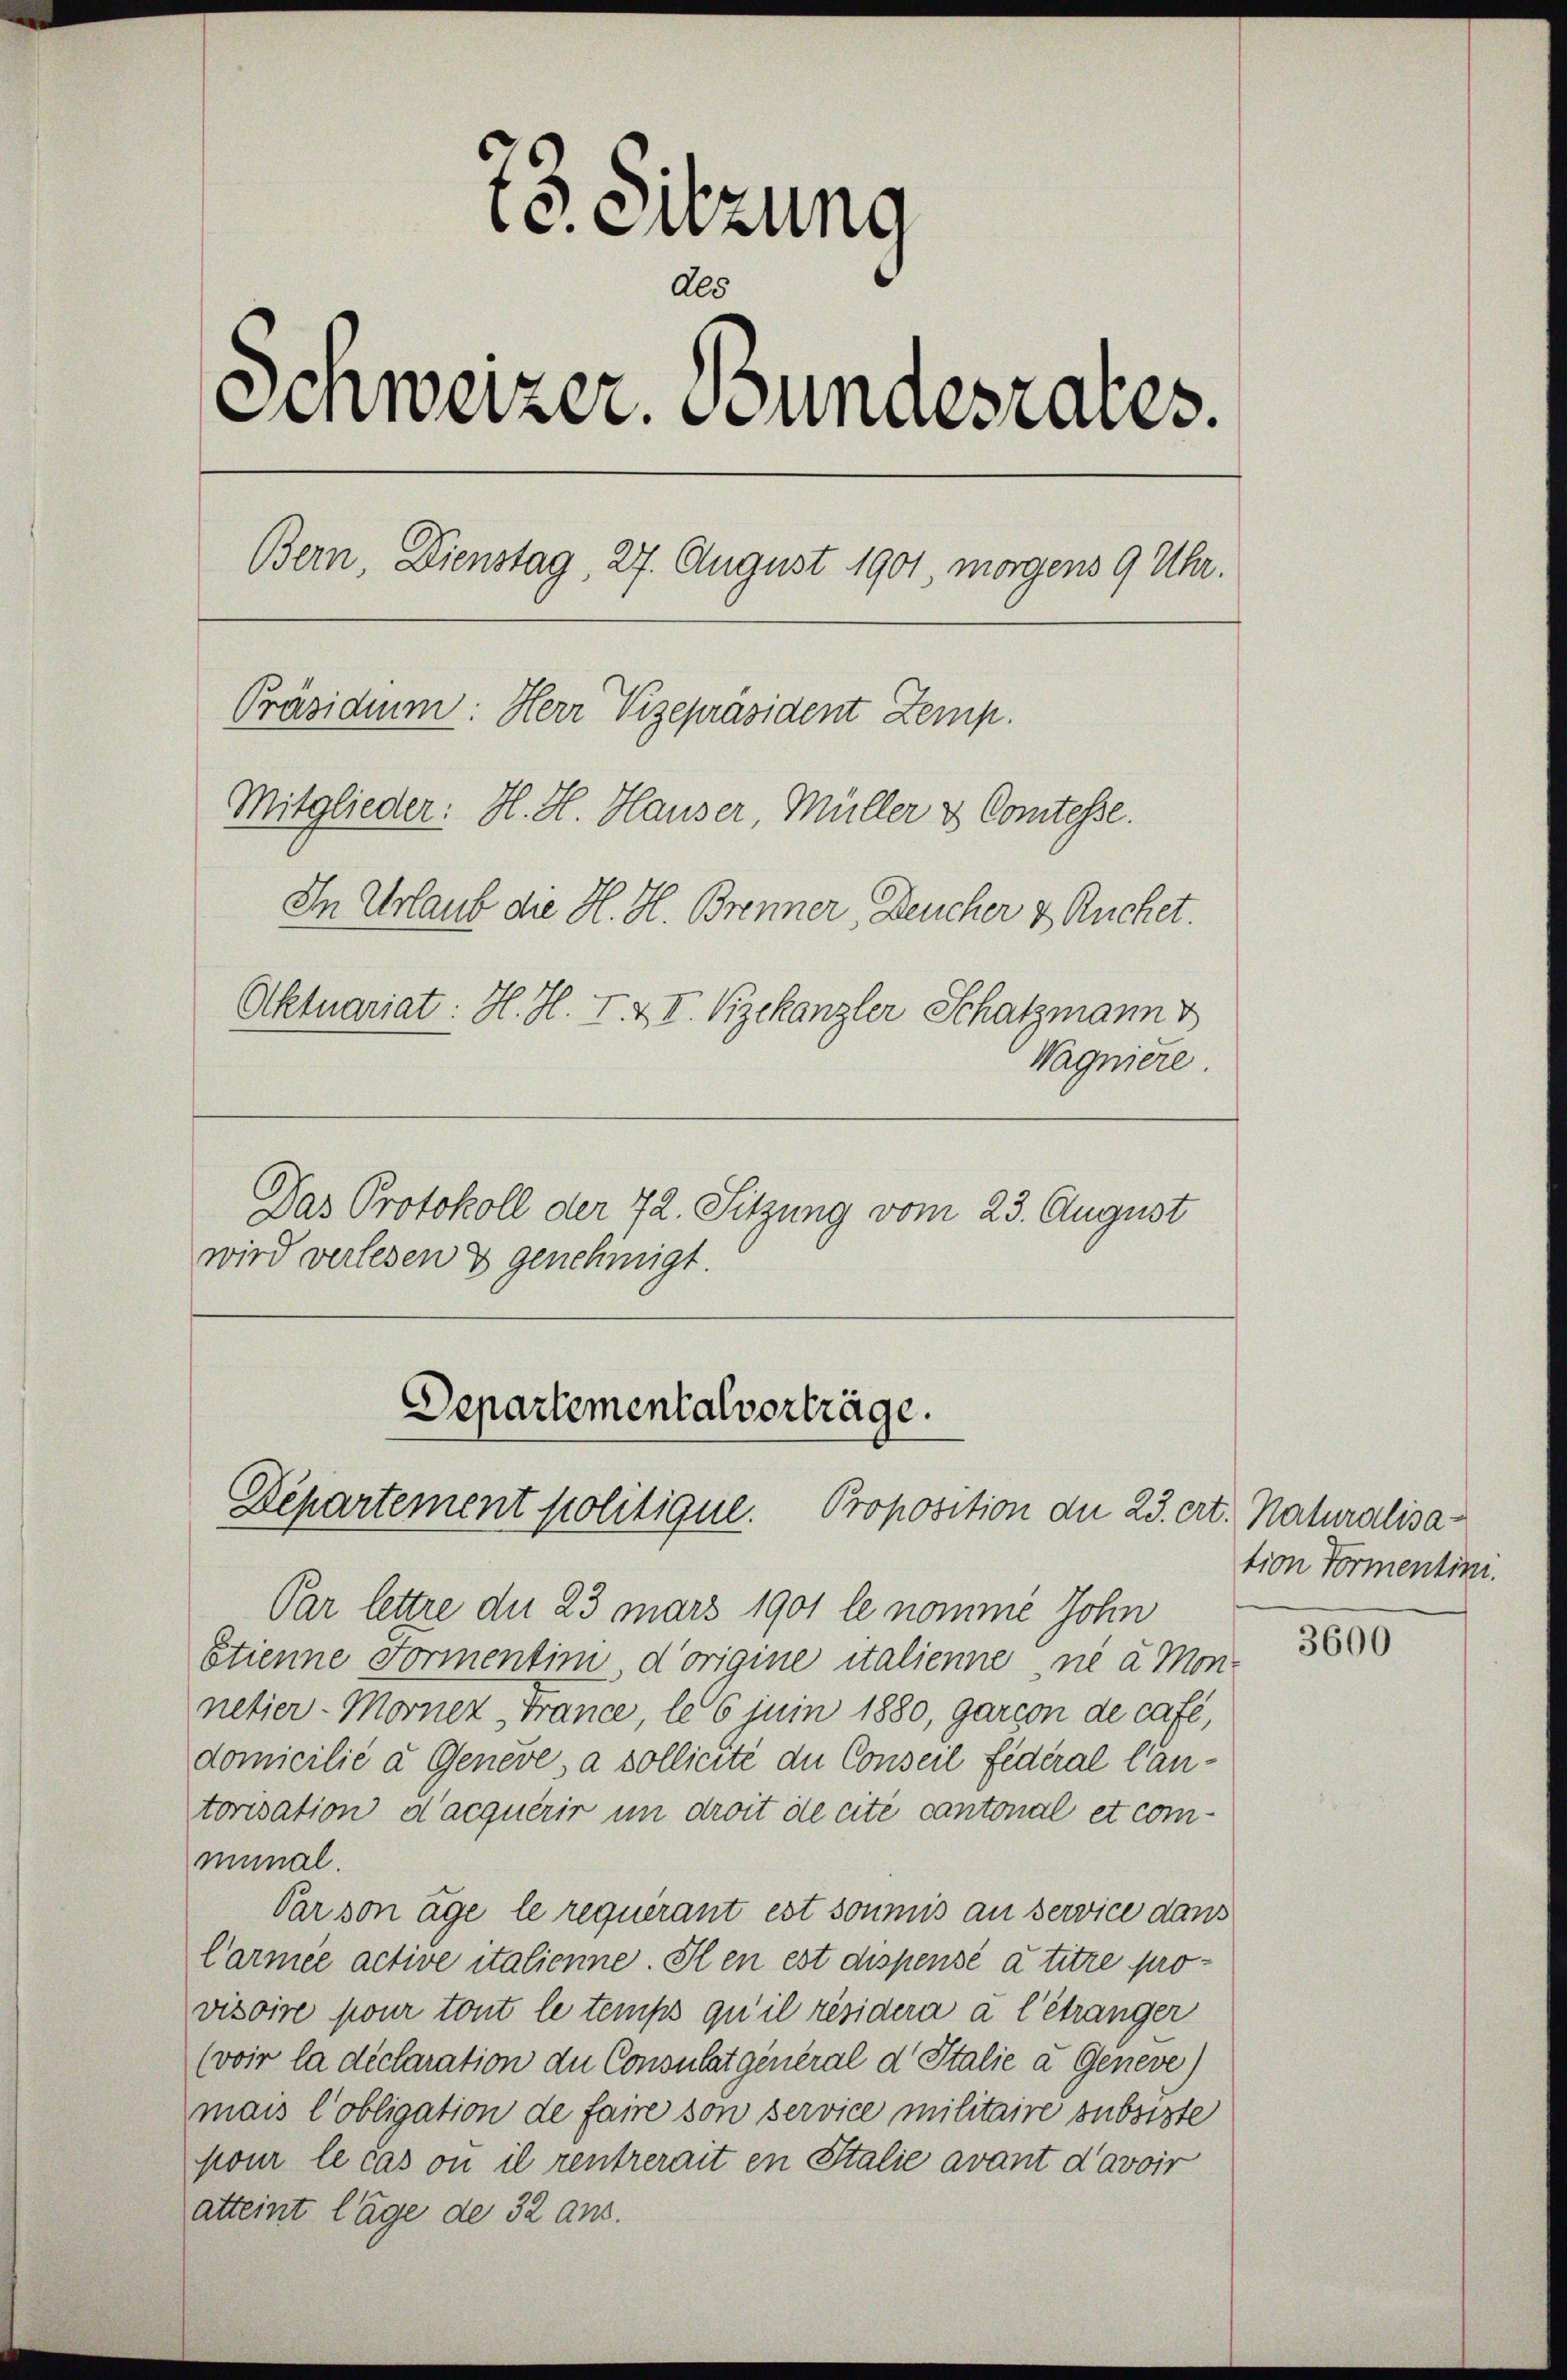
te. Sitzung
Als
Schweizer. Bundesrates.
Bern, Dienstag, 27. August 1901, morgens 9 Uhr.
Präsidium: Herr Vizepräsident Zemp.
Mitglieder: H. H. Hauser, Müller & Comtesse.
In Urlaub die H. H. Brenner, Deucher & Ruchet.
Aktuariat: H. H. I. & I. Bekanzler Schatzmann v
Wagniere.
Das Protokoll der 72. Sitzung vom 23. August

wird verlesen & genehmigt.

Departementalverträge.
Departement politique. Proposition der 23. ert. Naturalisa¬

Par lettre die 23 mars 1901 le nomme John
Etienne Formentini, d’origine italienne, ni à Mon
netier-Morner France, le 6 juni 1880, gar von de case,
domicilié a Geneve, a sollicite die Conseil fédéral Cantorisation d’acquérir in droit de cité cantonal et communal.
Par son âge le requérant est soumis an service dans
Carmee active italienne. Il en est dispensé à titre provisoire pour tout le temps qu’il résidera à l’étranger
(voir la déclaration du Consulat general d Italie a Geneve)
mais l’obligation de faire son service militaire subsiste
pour le cas ou il rentrerait en Stalie avant d’avoir
atteint lage de 32 aus.

tion Formentini.

3600